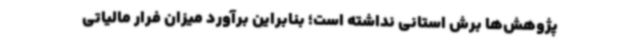
پژوهش‌ها برش استانی نداشته است؛ بنابراین برآورد میزان فرار مالیاتی